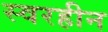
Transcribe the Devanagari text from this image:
स्वरहीन